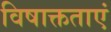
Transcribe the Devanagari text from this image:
विषाक्तताएं